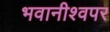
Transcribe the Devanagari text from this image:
भवानीश्वपर